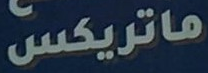
ماتريكس